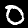
Digit: 0